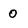
Character: 0